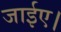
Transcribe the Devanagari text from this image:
जाईए।